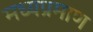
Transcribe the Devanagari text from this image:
मध्यप्रमाण